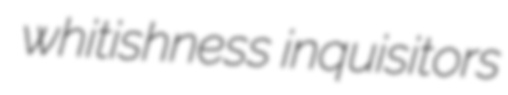
whitishness inquisitors